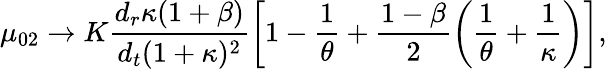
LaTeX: \mu_{02}\to K\frac{{d_{r}}\kappa(1+\beta)}{{d_{t}}(1+\kappa)^{2}}\left[1-\frac{1}{\theta}+\frac{1-\beta}{2}\left(\frac{1}{\theta}+\frac{1}{\kappa}\right)\right],